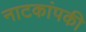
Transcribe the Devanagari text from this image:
नाटकांपकी